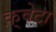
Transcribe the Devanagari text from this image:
क़्वेटा